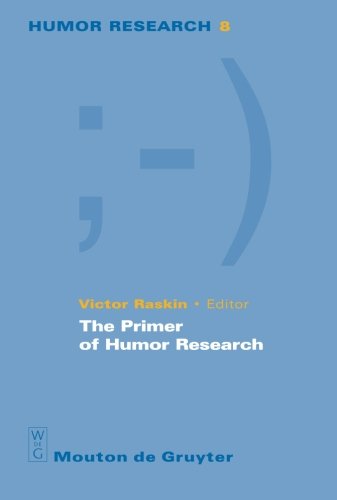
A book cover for The Primer of Humor Research; Humor & Entertainment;